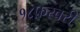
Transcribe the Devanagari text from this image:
१८फ़रवरी